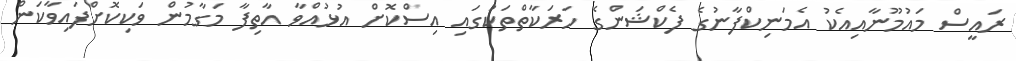
ރައީސް މައުމޫނާއިއެކު އެމަނިކްފާނުގެ ފެކްޝަންގެ ހަރަކާތްތަކުގައި އިސްކޮށް އުޅުއްވާ އާތިފާ މަގާމުން ވަކިކޮށްފައިވާކަން